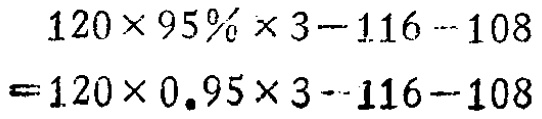
\[

\begin{align*}

&120\times 95\% \times 3 - 116 - 108\\

=&120\times 0.95\times 3 - 116 - 108

\end{align*}

\]